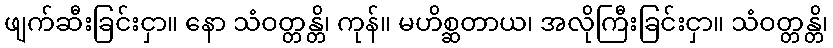
ဖျက်ဆီးခြင်းငှာ။ နော သံဝတ္တန္တိ၊ ကုန်။ မဟိစ္ဆတာယ၊ အလိုကြီးခြင်းငှာ။ သံဝတ္တန္တိ၊